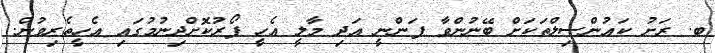
ބ. ރަށު ކައުންސިލްތަކަށް ބޭނުންވާ ފަންނީ އަދި މާލީ އެހީ ފޯރުކޮށްދިނުމުގައި އެހީތެރިވުން.